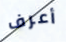
أعرف